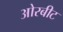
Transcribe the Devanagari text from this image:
ओरबीट